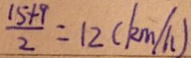
\frac { 1 5 + 9 } { 2 } = 1 2 ( k m / h )